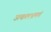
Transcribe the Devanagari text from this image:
उत्कलभ्रमणं